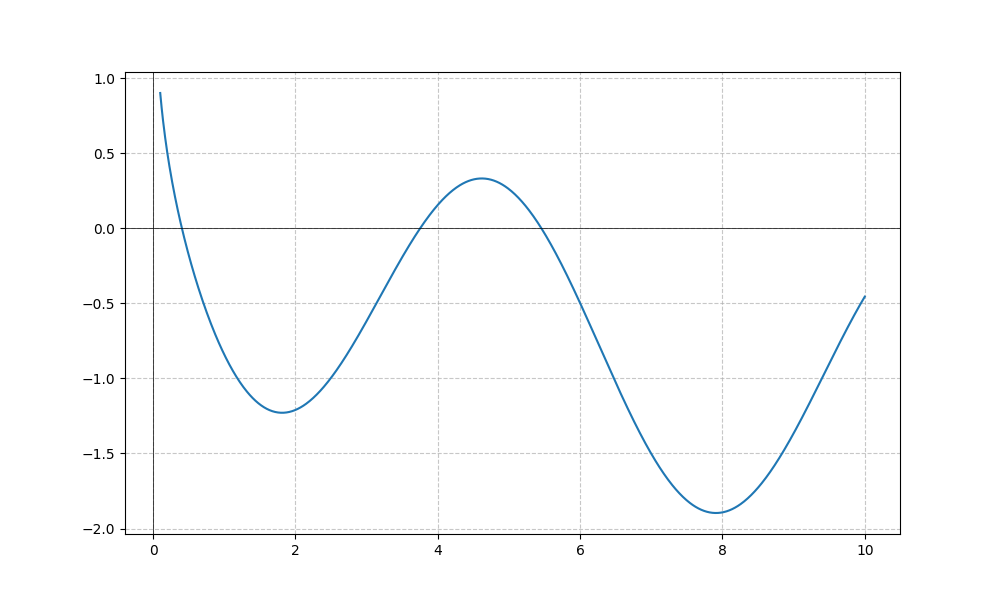
LaTeX formula: - \frac{\log{\left(x \right)}}{\log{\left(10 \right)}} - \sin{\left(x \right)}